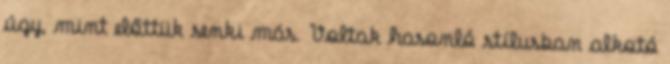
úgy, mint előttük senki más. Voltak hasonló stílusban alkotó